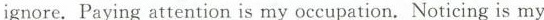
ignore. Paying attention is my occupation. Noticing is my